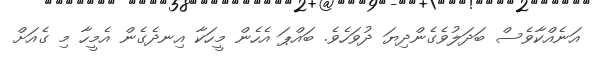
އަނެއްކާވެސް ބަދަލުވެގެންދިޔަ ދުވަހެވެ. ބައްޕަ އެހެން މީހަކާ އިނދެގެން އެމީހާ މި ގެއަށް